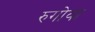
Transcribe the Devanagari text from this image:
रुगोवा